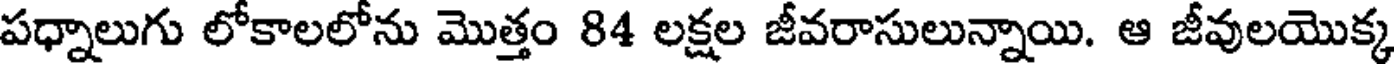
పధ్నాలుగు లోకాలలోను మొత్తం 84 లక్షల జీవరాసులున్నాయి. ఆ జీవులయొక్క